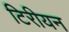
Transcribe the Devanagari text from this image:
टिरीयन